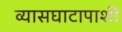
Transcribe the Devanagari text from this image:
व्यासघाटापाशी